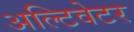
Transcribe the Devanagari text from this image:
अल्टिवेटर